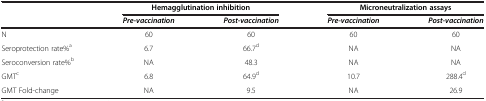
|  | <COLSPAN=2> Hemagglutination inhibition | <COLSPAN=2> Microneutralization assays |
 |  | Pre-vaccination | Post-vaccination | Pre-vaccination | Post-vaccination |
 | --- | --- | --- | --- | --- |
 | N | 60 | 60 | 60 | 60 |
 | Seroprotection rate%a | 6.7 | 66.7d | NA | NA |
 | Seroconversion rate%b | NA | 48.3 | NA | NA |
 | GMTc | 6.8 | 64.9d | 10.7 | 288.4d |
 | GMT Fold-change | NA | 9.5 | NA | 26.9 |